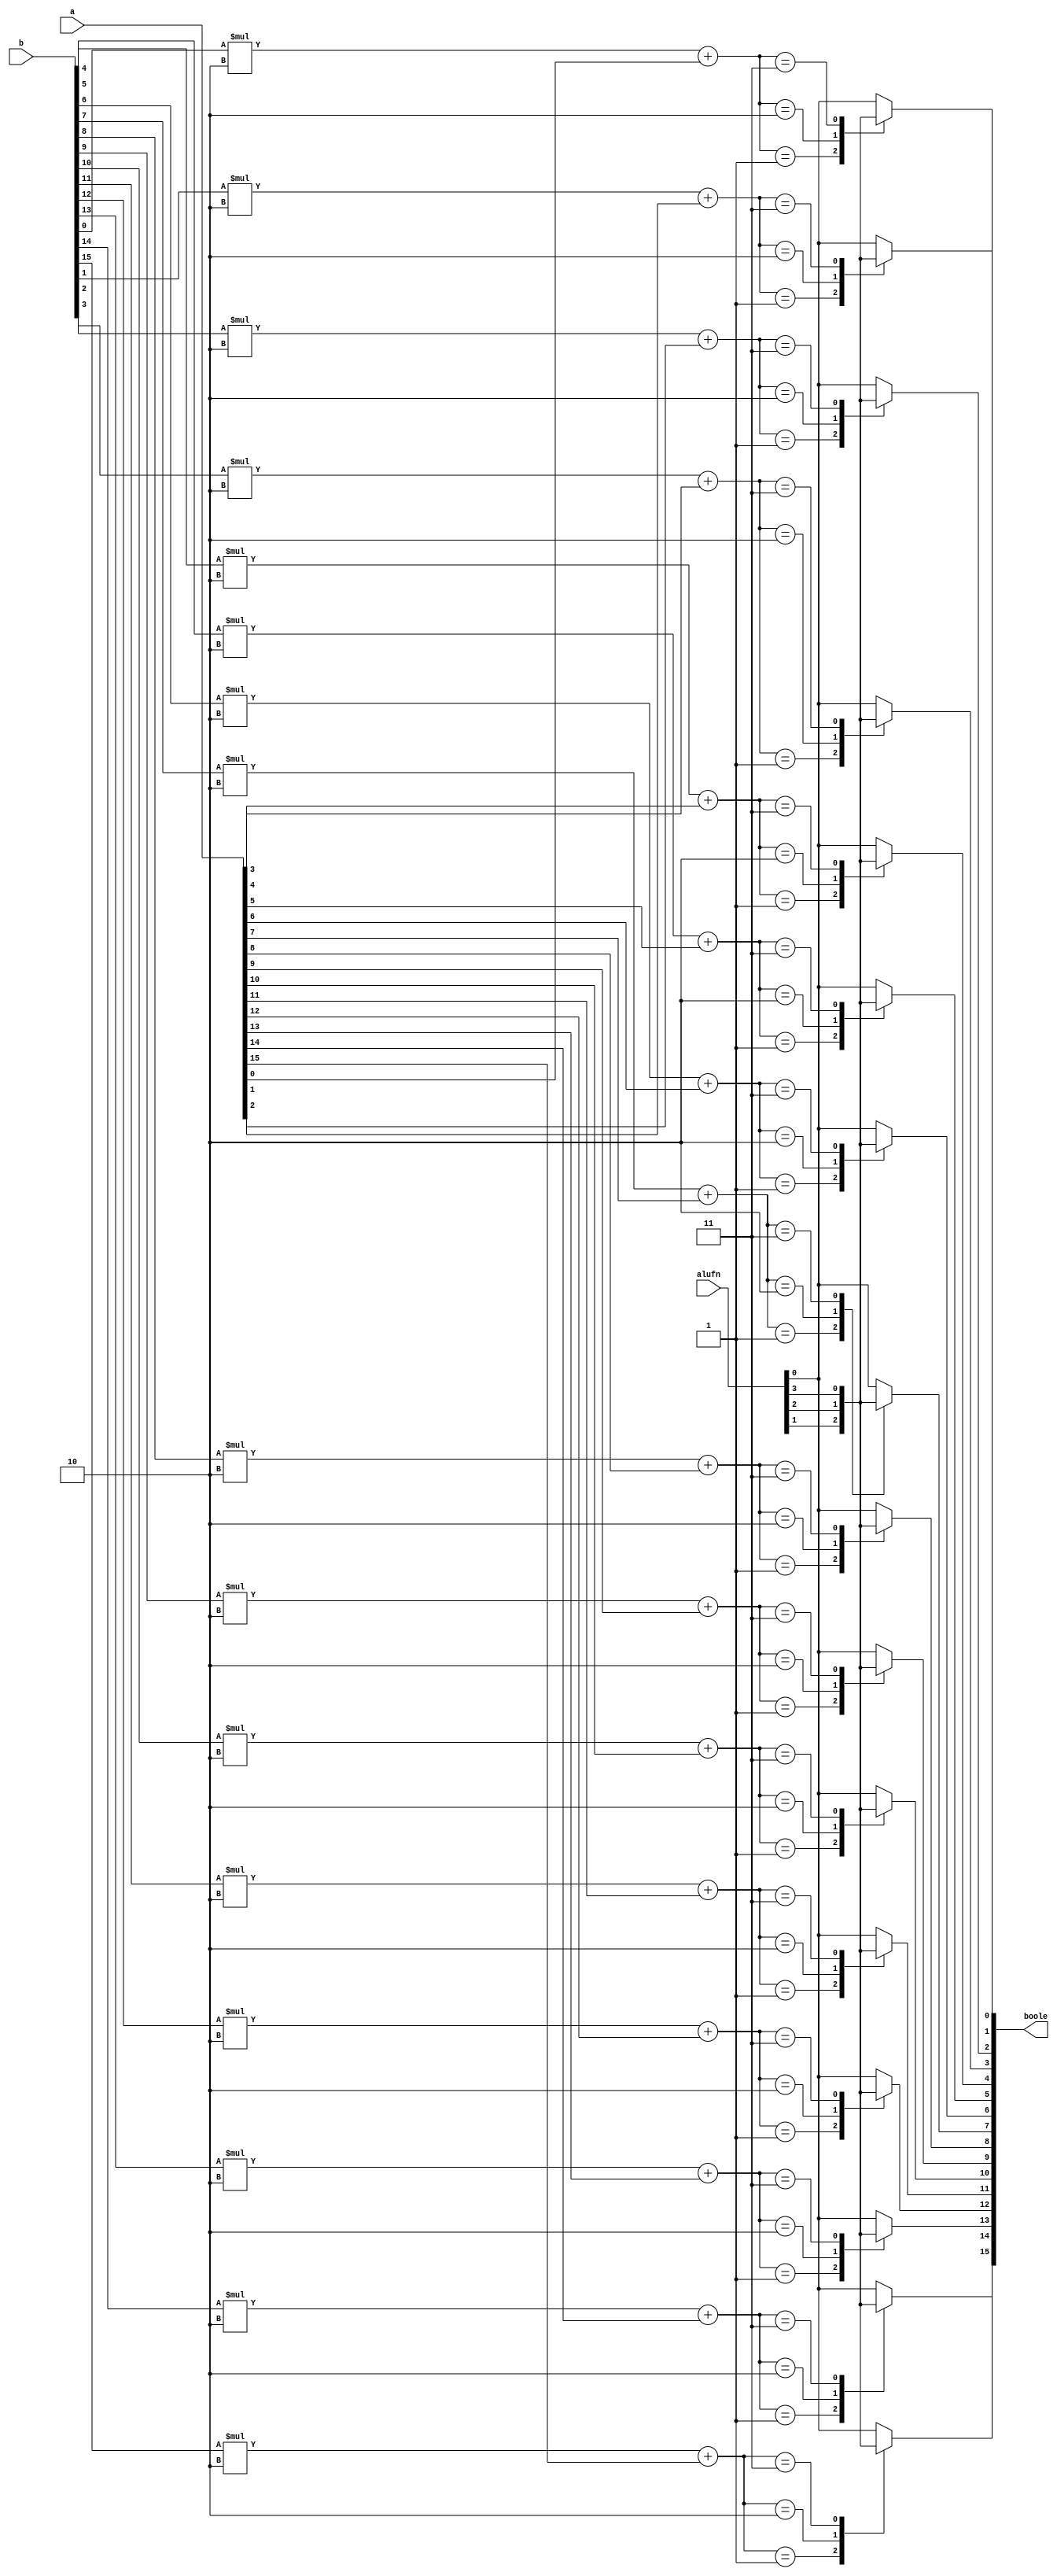
/*
   This file was generated automatically by Alchitry Labs version 1.1.6.
   Do not edit this file directly. Instead edit the original Lucid source.
   This is a temporary file and any changes made to it will be destroyed.
*/

module boolean16b_17 (
    input [5:0] alufn,
    input [15:0] a,
    input [15:0] b,
    output reg [15:0] boole
  );
  
  
  
  integer i;
  
  integer sel;
  
  always @* begin
    boole = 16'h0000;
    for (i = 1'h0; i < 5'h10; i = i + 1) begin
      sel = b[(i)*1+0-:1] * 2'h2 + a[(i)*1+0-:1];
      
      case (sel)
        2'h0: begin
          boole[(i)*1+0-:1] = alufn[0+0-:1];
        end
        2'h1: begin
          boole[(i)*1+0-:1] = alufn[1+0-:1];
        end
        2'h2: begin
          boole[(i)*1+0-:1] = alufn[2+0-:1];
        end
        2'h3: begin
          boole[(i)*1+0-:1] = alufn[3+0-:1];
        end
        default: begin
          boole[(i)*1+0-:1] = alufn[0+0-:1];
        end
      endcase
    end
  end
endmodule